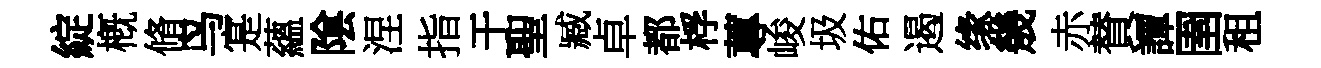
綻槪脩鸟寔蘊隂涅指于聖臧卓都桴蓴峻圾佑遏缘㡬赤賛譚圉租